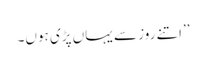
’’اتنے روز سے یہاں پڑی ہوں۔